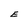
Character: E